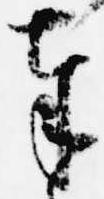
奉